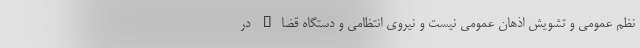
نظم عمومی و تشویش اذهان عمومی نیست و نیروی انتظامی و دستگاه قضاء در